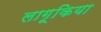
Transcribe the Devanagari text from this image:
लागूकिया